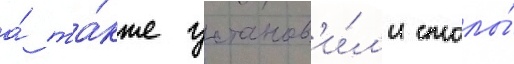
а́ та́кже установ'и́л'и столы́